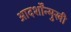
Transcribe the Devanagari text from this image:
आदर्शोंन्मुखी